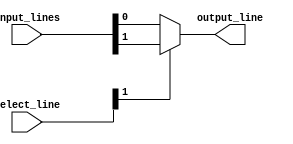
module mux4to1 (
    input [3:0] input_lines,
    input [1:0] select_line,
    output output_line
);

assign output_line = (select_line[1] == 0) ? input_lines[0] :
                     (select_line[1] == 1) ? input_lines[1] :
                     (select_line[1] == 2) ? input_lines[2] :
                     input_lines[3];

endmodule